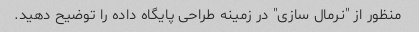
منظور از "نرمال سازی" در زمینه طراحی پایگاه داده را توضیح دهید.